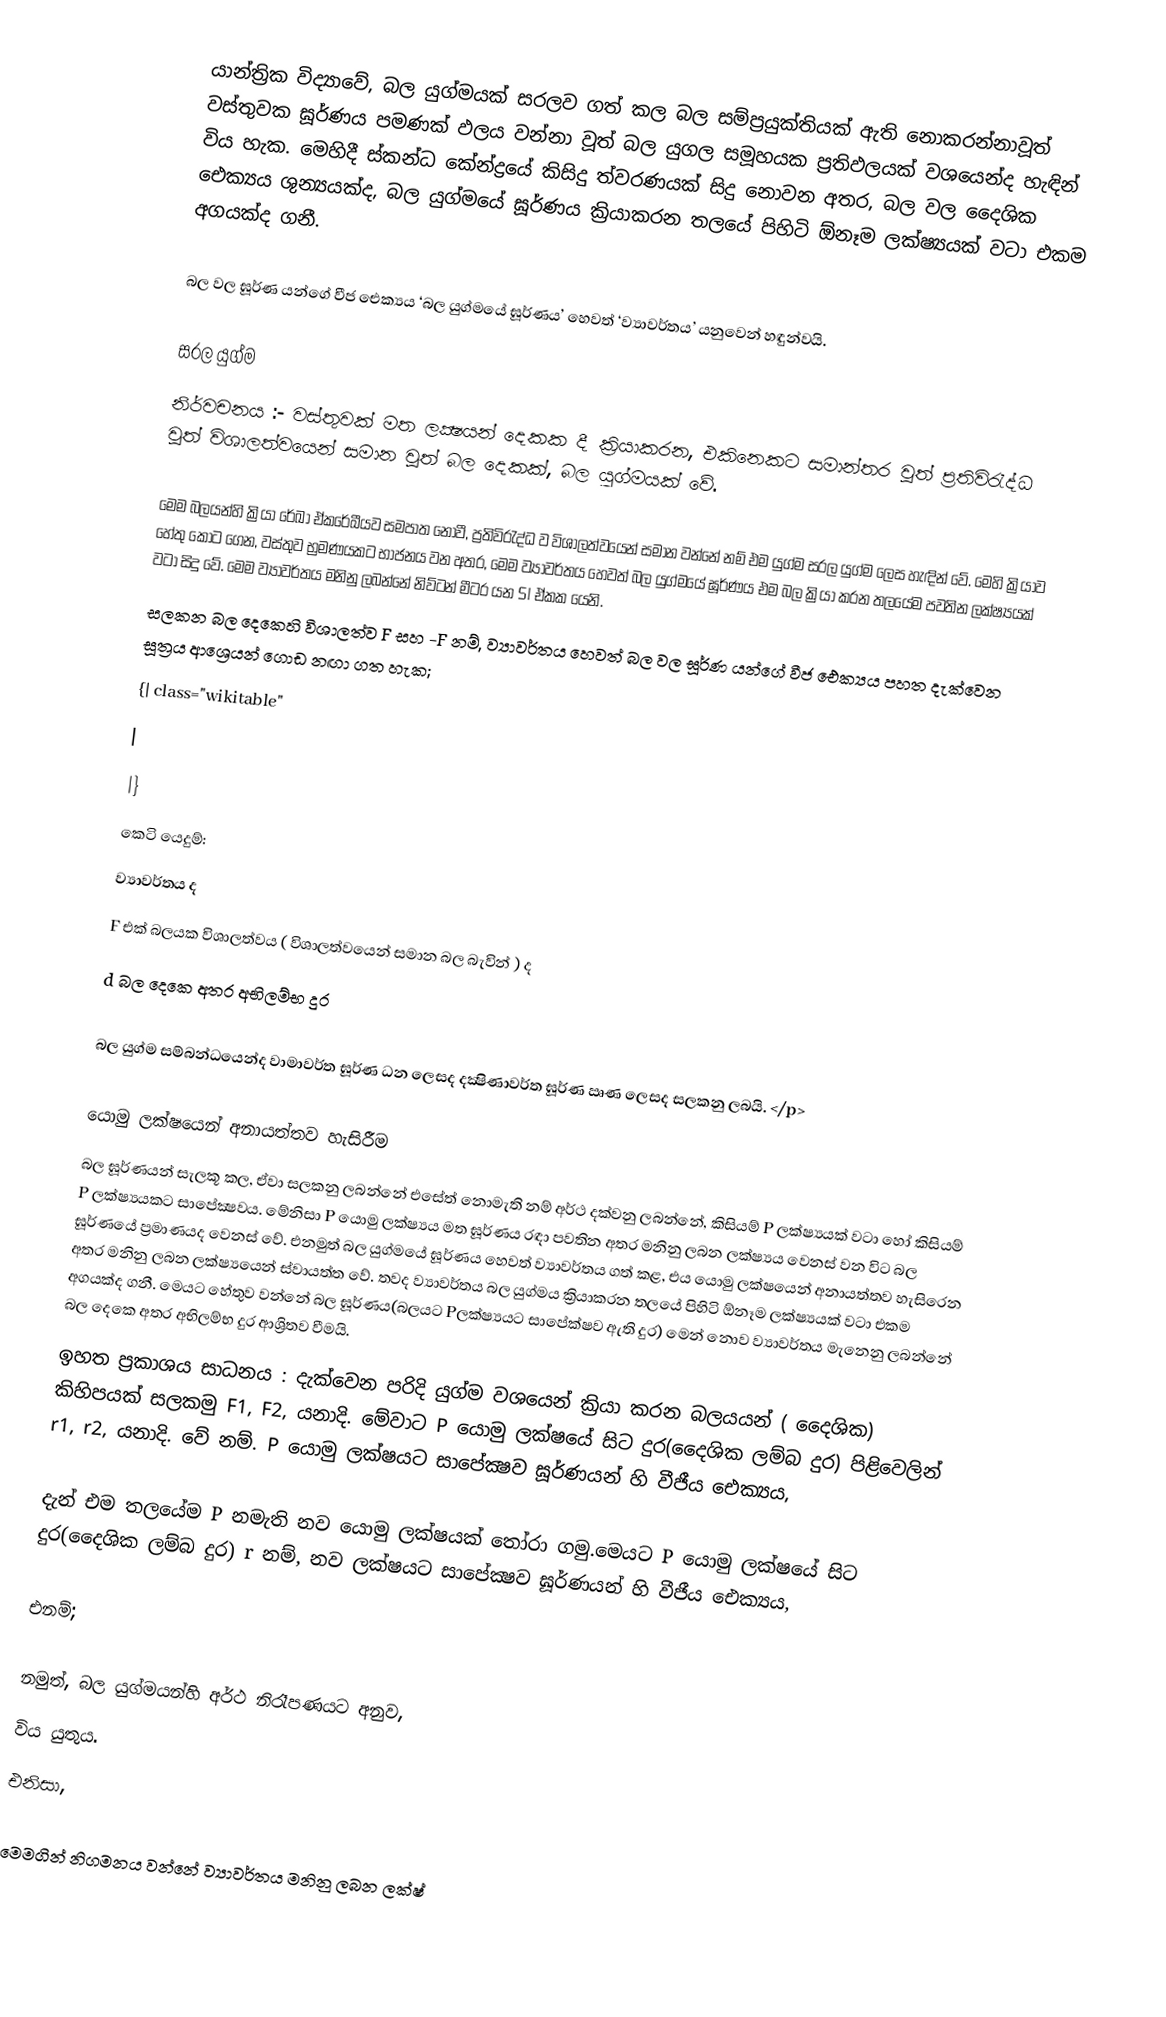
යාන්ත්‍රික විද්‍යාවේ, බල යුග්මයක් සරලව ගත් කල බල සම්ප්‍රයුක්තියක් ඇති නොකරන්නාවූත් වස්තුවක ඝූර්ණය පමණක් ඵලය වන්නා වූත් බල යුගල සමූහයක ප්‍රතිඵලයක් වශයෙන්ද හැඳින් විය හැක. මෙහිදී ස්කන්ධ කේන්ද්‍රයේ කිසිදු ත්වරණයක් සිදු නොවන අතර, බල වල දෛශික ඓක්‍යය ශුන්‍යයක්ද, බල යුග්මයේ ඝූර්ණය ක්‍රියාකරන තලයේ පිහිටි ඕනෑම ලක්ෂ්‍යයක් වටා එකම අගයක්ද ගනී.

බල වල ඝූර්ණ යන්ගේ වීජ ඓක්‍යය ‘බල යුග්මයේ ඝූර්ණය’ හෙවත් ‘ව්‍යාවර්තය’ යනුවෙන් හඳුන්වයි.

සරල යුග්ම
නිර්වචනය   :-    වස්තුවක් මත ලක්‍ෂයන් දෙකක දී ක්‍රියාකරන, එකිනෙකට සමාන්තර වූත් ප්‍රතිවිරැද්ධ වූත් විශාලත්වයෙන් සමාන වූත් බල දෙකක්, බල යුග්මයක් වේ.

මෙම බලයන්හි ක්‍රියා රේඛා ඒකරේඛීයව සමපාත නොවී, ප්‍රතිවිරැද්ධ ව විශාලත්වයෙන් සමාන වන්නේ නම් එම යුග්ම සරල යුග්ම  ලෙස හැඳින් වේ. මෙහි ක්‍රියාව හේතු කොට ගෙන, වස්තුව භ්‍රමණයකට භාජනය වන අතර, මෙම ව්‍යාවර්තය හෙවත් බල යුග්මයේ ඝූර්ණය එම බල ක්‍රියා කරන තලයේම පවතින ලක්ෂ්‍යයක් වටා සිදු වේ. මෙම ව්‍යාවර්තය මනිනු ලබන්නේ නිව්ටන් මීටර යන SI ඒකක යෙනි.
සලකන බල දෙකෙහි විශාලත්ව F සහ -F නම්, ව්‍යාවර්තය හෙවත් බල වල ඝූර්ණ යන්ගේ වීජ ඓක්‍යය පහත දැක්වෙන සූත්‍රය ආශ්‍රෙයන් ගොඩ නඟා ගත හැක;
{| class="wikitable"
|
|}
කෙටි යෙදුම්:
   ව්‍යාවර්තය ද
F    එක් බලයක විශාලත්වය (  විශාලත්වයෙන් සමාන බල බැවින් ) ද
d    බල දෙකෙ අතර අභිලම්භ දුර

බල යුග්ම සම්බන්ධයෙන්ද වාමාවර්ත ඝූර්ණ ධන ලෙසද දක්‍ෂිණාවර්ත ඝූර්ණ ඍණ ලෙසද සලකනු ලබයි.  </p>

යොමු ලක්ෂයෙන් අනායත්තව හැසිරීම
බල ඝූර්ණයන් සැලකූ කල, ඒවා සලකනු ලබන්නේ එසේත් නොමැති නම් අර්ථ දක්වනු ලබන්නේ, කිසියම් P ලක්ෂ්‍යයක් වටා හෝ කිසියම් P ලක්ෂ්‍යයකට සාපේක්‍ෂවය. මේනිසා P යොමු ලක්ෂ්‍යය මත ඝූර්ණය රඳා පවතින අතර මනිනු ලබන ලක්ෂ්‍යය වෙනස් වන විට බල ඝූර්ණයේ ප්‍රමාණයද වෙනස් වේ. එනමුත් බල යුග්මයේ ඝූර්ණය හෙවත් ව්‍යාවර්තය ගත් කළ, එය යොමු ලක්ෂයෙන් අනායත්තව හැසිරෙන අතර මනිනු ලබන ලක්ෂ්‍යයෙන් ස්වායත්ත වේ. තවද ව්‍යාවර්තය බල යුග්මය ක්‍රියාකරන තලයේ පිහිටි ඕනෑම ලක්ෂ්‍යයක් වටා එකම අගයක්ද ගනී. මෙයට හේතුව වන්නේ බල ඝූර්ණය(බලයට Pලක්ෂ්‍යයට සාපේක්ෂව ඇති දුර) මෙන් නොව  ව්‍යාවර්තය මැනෙනු ලබන්නේ බල දෙකෙ අතර අභිලම්භ දුර ආශ්‍රිතව වීමයි.
ඉහත ප්‍රකාශය සාධනය : දැක්වෙන පරිදි යුග්ම වශයෙන් ක්‍රියා කරන බලයයන් ( දෛශික) කිහිපයක් සලකමු F1, F2, යනාදි. මේවාට P යොමු ලක්ෂයේ සිට දුර(දෛශික ලම්බ දුර) පිළිවෙලින් r1, r2, යනාදි. වේ නම්.  P යොමු ලක්ෂයට සාපේක්‍ෂව ඝූර්ණයන් හි වීජීය ඓක්‍යය,

දැන් එම තලයේම P නමැති නව යොමු ලක්ෂයක් තෝරා ගමු.මෙයට P යොමු ලක්ෂයේ සිට දුර(දෛශික ලම්බ දුර) r නම්, නව ලක්ෂයට සාපේක්‍ෂව ඝූර්ණයන් හි වීජීය ඓක්‍යය,

එනම්;

නමුත්, බල යුග්මයන්හි අර්ථ නිරෑපණයට අනුව,
 විය යුතුය.
එනිසා,

මෙමගින් නිගමනය වන්නේ ව්‍යාවර්තය  මනිනු ලබන ලක්ෂ්‍